Annual report on the working of the lock hospitals in the North-Western Provinces and Oudh
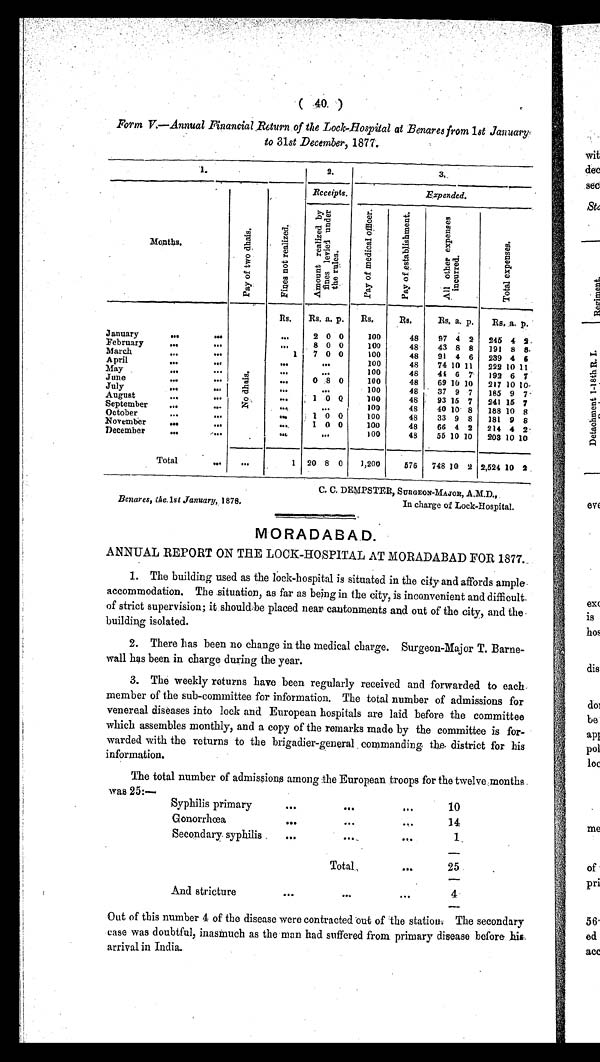
(40)
Form V.—Annual Financial Return of the Lock-Hospital at Benares from 1st January
to 31st December, 1877.
1.
2.
3.
Months
.
P a y o f t w o d h a i s .
F i n e s n o t r e a l i z e d .
Receipts.
Expended.
A m o u n t r e a l i z e d b y f i n e s l e v i e d u n d e r t h e r u l e s .
P a y o f m e d i c a l o f f i c e r .
P a y o f e s t a b l i s h m e n t .
A l l o t h e r e x p e n s e s i n c u r r e d .
T o t a l e x p e n s e s .
Rs.
Rs. a. p.
Rs.
R s .
Rs. a. p.
Rs. a. p.
January
. . .
...
. . .
. . .
2 0 0
100
48
97 4 2
245 4 2
February
...
. . .
. . .
. . .
8 0 0
100
48
43 8 8
191 8 8
March
. . .
. . .
. . .
. . . 7 0 0
100
48
91 4 6
239 4 6
April
. . .
. . .
. . . . . .
...
. . . . . . . . .
100
48
74 10 11
222 10 11
May ...
. . .
4
...
. . . . . . . . .
100
48
41 6
7
192 6 7
June
. . .
...
N o d h a i s .
. . .
0 8 0
100
48
69 10 10
217 10 10
July
. . .
. . .
. . .
. . .
. . . . . . . . .
1 0 0
48
37 9 7
185 9 7
August
. . .
. . .
. . .
...
1 0
0
1 0 0
48
93 16 7
241 16 7
September
. . .
. . .
. . .
. . .
. . . . . . . . .
100
48
40 10 8
188 10 8
October
. . .
. . .
. . .
. . .
1
0 0
100
48
33 9 8
181 9 8
November
. . .
. . .
. . .
. . . 1 0 0
100
48
66 4 2
214 4 2
December
...
. . .
. . .
. . .
. . .
...
100
48
55 10 10
203 10 10
Total
...
. . .
1
20 8 0
1,200
576
748 10 2 2,524 10 2
Benares, the.1st January, 1878.
C. C. DEMPSTER, SURGEON-MAJOR, A.M.D.,
In charge of Lock-Hospital.
MORADABAD.
ANNUAL REPORT ON THE LOCK-HOSPITAL AT MORADABAD FOR 1877.
1. The building used as the lock-hospital is situated in the city and affords ample.
accommodation. The situation, as far as being in the city, is inconvenient and difficult.
of strict supervision; it should be placed near cantonments and out of the city, and the
building isolated.
2. There has been no change in the medical charge. Surgeon-Major T. Barne
wall has been in charge during the year.
3. The weekly returns have been regularly received and forwarded to each.
member of the sub-committee for information. The total number of admissions for
venereal diseases into lock and European hospitals are laid before the committee
which assembles monthly, and a copy of the remarks made by the committee is for
warded with the returns to the brigadier-general commanding the district for his
information.
The total number of admissions among :the European troops for the twelve months
was 25:—
Syphilis primary
. . .
. . .
. . .
10
Gonorrhœa
. . .
. . .
. . .
14
Secondary syphilis.
...
. . .
...
1
Tot al . . .
...
25
And stricture
...
...
...
4
Out of this number 4 of the disease were contracted out of the station. The secondary
case was doubtful, inasmuch as the man had suffered from primary disease before his,
arrival in India.